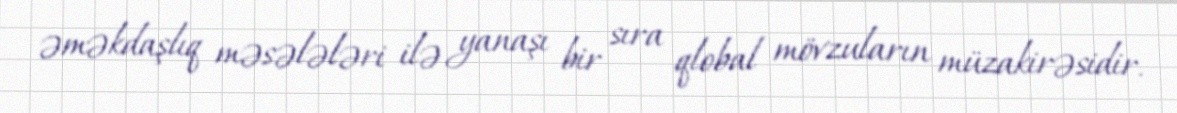
əməkdaşlıq məsələləri ilə yanaşı bir sıra qlobal mövzuların müzakirəsidir.